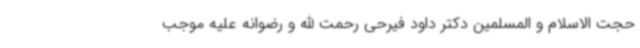
حجت الاسلام و المسلمین دکتر داود فیرحی رحمت الله و رضوانه علیه موجب